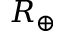
R _ { \oplus }